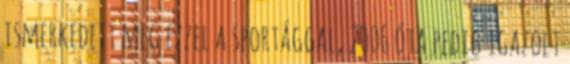
ismerkedett meg ezzel a sportággal, 2006 óta pedig igazolt